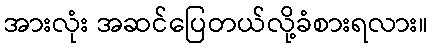
အားလုံး အဆင်ပြေတယ်လို့ခံစားရလား။